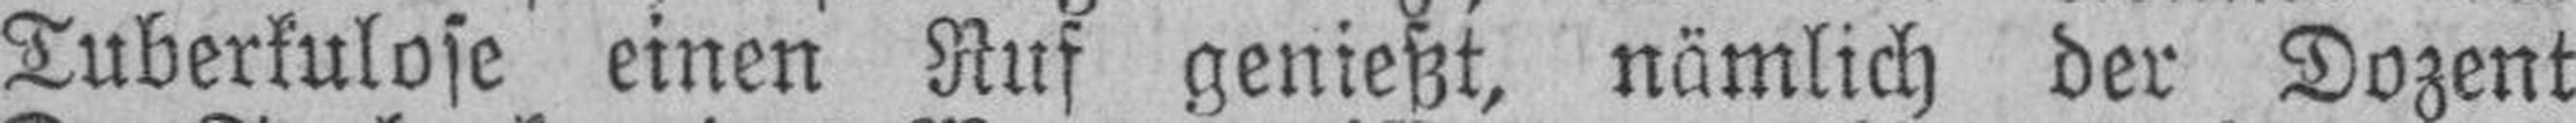
Tuberkulose einen Ruf genießt, nämlich der Dozent